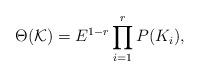
LaTeX: \begin{align*}\Theta (\mathcal{K})= E^{1-r} \prod_{i=1}^{r} P(K_i),\end{align*}